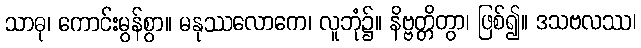
သာဓု၊ ကောင်းမွန်စွာ။ မနုဿလောကေ၊ လူဘုံ၌။ နိဗ္ဗတ္တိတွာ၊ ဖြစ်၍။ ဒသဗလဿ၊